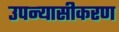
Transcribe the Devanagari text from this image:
उपन्‍यासीकरण